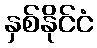
နှစ်နိုင်ငံ